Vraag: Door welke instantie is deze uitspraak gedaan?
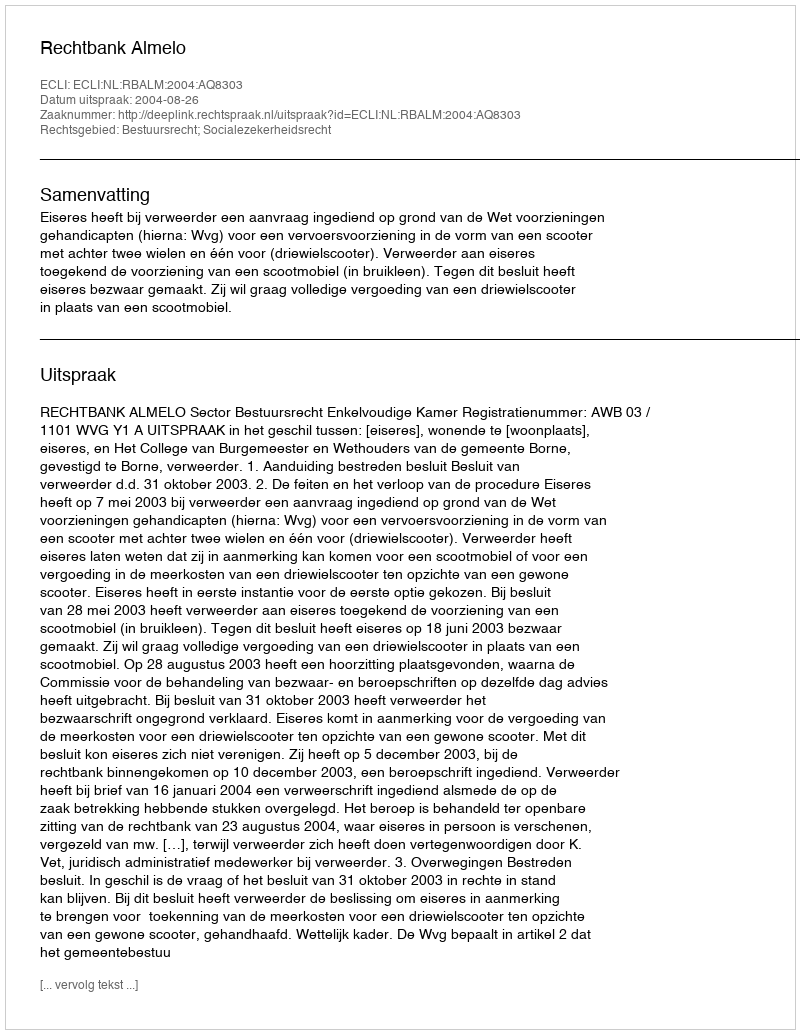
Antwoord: Rechtbank Almelo